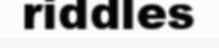
riddles